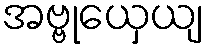
အဗ္ဗုယှေယျ